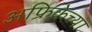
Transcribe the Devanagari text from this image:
अफ्रिकेच्या